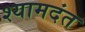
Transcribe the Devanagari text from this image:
श्यामदंत